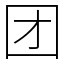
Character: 团